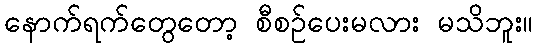
နောက်ရက်တွေတော့ စီစဉ်ပေးမလား မသိဘူး။